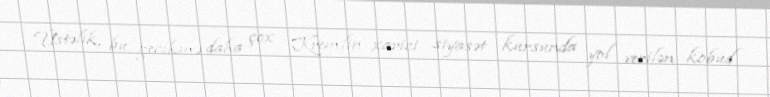
Üstəlik, bu gecikmə daha çox Kremlin xarici siyasət kursunda yol verilən kobud